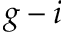
g - i